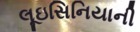
લૂઇસિનિયાની